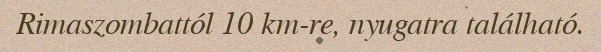
Rimaszombattól 10 km-re, nyugatra található.